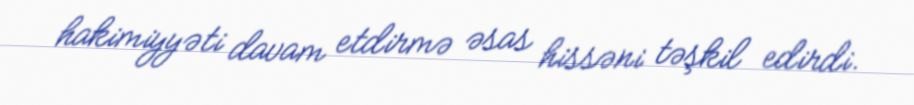
hakimiyyəti davam etdirmə əsas hissəni təşkil edirdi.